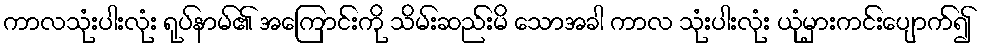
ကာလသုံးပါးလုံး ရုပ်နာမ်၏ အကြောင်းကို သိမ်းဆည်းမိ သောအခါ ကာလ သုံးပါးလုံး ယုံမှားကင်းပျောက်၍